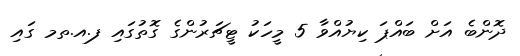
ދޮންބެ އަށް ބައްޕަ ކިޔުއްވާ 5 މީހަކު ޓީޗަރުންގެ ގޮތުގައި ފ.އ.ތމ ގައި